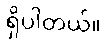
ရှိပါတယ်။